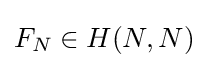
F_{N}\in H(N,N)